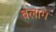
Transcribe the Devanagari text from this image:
बलाग